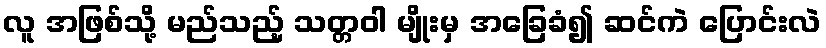
လူ အဖြစ်သို့ မည်သည့် သတ္တဝါ မျိုးမှ အခြေခံ၍ ဆင်ကဲ ပြောင်းလဲ